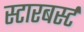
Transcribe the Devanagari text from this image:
स्टारबर्स्ट